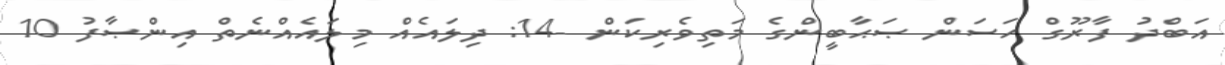
އަބްދު ފާރޫގް ހަސަން ޞަޙާބީންގެ މަތިވެރިކަން -14: ދިލައެއް މިލައެއްނެތް އިންޞާފު 10